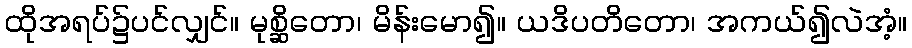
ထိုအရပ်၌ပင်လျှင်။ မုစ္ဆိတော၊ မိန်းမော၍။ ယဒိပတိတော၊ အကယ်၍လဲအံ့။